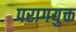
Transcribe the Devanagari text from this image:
परागयुक्त